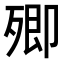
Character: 𣩃